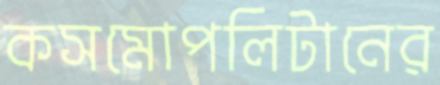
কসমোপলিটানের